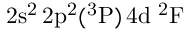
\mathrm { 2 s ^ { 2 } \, 2 p ^ { 2 } ( ^ { 3 } P ) \, 4 d ~ ^ { 2 } F }